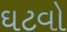
ઘટવો